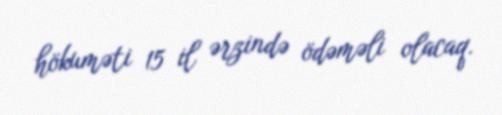
hökuməti 15 il ərzində ödəməli olacaq.